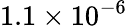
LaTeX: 1.1\times 10^{-6}